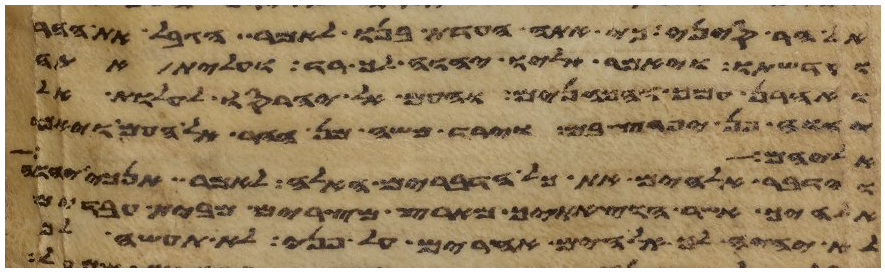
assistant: אל הר סיני כי אתה העדת בנו לאמר הגבל את ההר
וקדשתו ויאמר אליו יהוה ך רד ועלית אתה
ואהרן עמך והכהנים והעם אל יחרסו לעלות אל
יהוה פן יפרץ בם וירד משה מן ההר אל העם
אישה לו
וידבר אלהים את כל הדברים האלה לאמר אנכי יהוה
אלהיך אשר הוצאתיך מארץ מצרים מבית עבדים
לא יהיה לך אלהים אחרים על פני לא תעשה לך